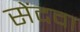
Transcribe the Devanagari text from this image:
सेंदवा